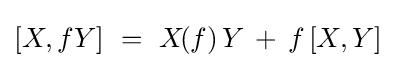
[X,fY]\ =\ X\!(f)\,Y\,+\,f\,[X,Y]